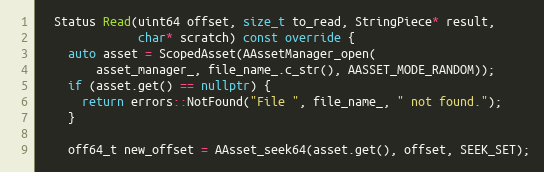
Language: C++
  Status Read(uint64 offset, size_t to_read, StringPiece* result,
              char* scratch) const override {
    auto asset = ScopedAsset(AAssetManager_open(
        asset_manager_, file_name_.c_str(), AASSET_MODE_RANDOM));
    if (asset.get() == nullptr) {
      return errors::NotFound("File ", file_name_, " not found.");
    }

    off64_t new_offset = AAsset_seek64(asset.get(), offset, SEEK_SET);